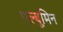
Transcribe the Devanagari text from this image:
एल्बूमिन